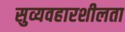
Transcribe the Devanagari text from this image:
सुव्यवहारशीलता